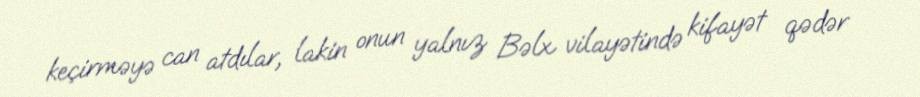
keçirməyə can atdılar, lakin onun yalnız Bəlx vilayətində kifayət qədər